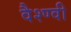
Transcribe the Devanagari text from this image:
वैश्ण्वी